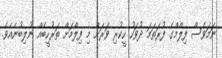
ނަމަވެސް ފިލްމްގެ ފުރަތަމަ ދުވަހު ހީކުރި ވަރަށް މި ފިލްމަށް ތަރުހީބެއް ނުލިބުނެއެވެ.